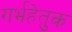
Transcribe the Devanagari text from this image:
गर्भहेतुक